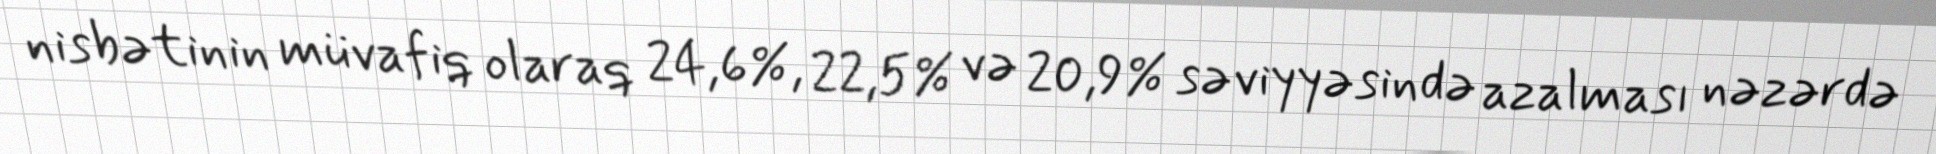
nisbətinin müvafiq olaraq 24,6%, 22,5% və 20,9% səviyyəsində azalması nəzərdə